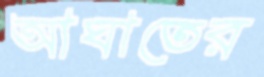
আঘাতের